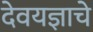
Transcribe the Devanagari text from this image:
देवयज्ञाचे